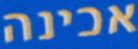
אכינה